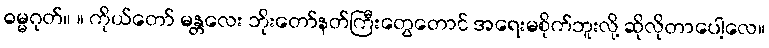
ဓမ္မဂုတ်။ ။ ကိုယ်တော် မန္တလေး ဘိုးတော်နတ်ကြီးတွေတောင် အရေးမစိုက်ဘူးလို့ ဆိုလိုတာပေါ့လေ။